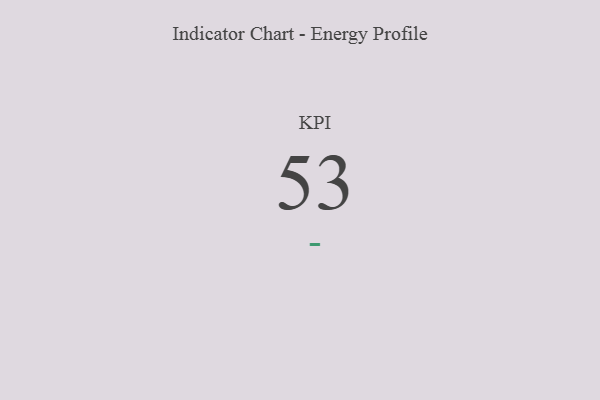
{"axis": {"x": "KPI", "y": "Value"}, "legend": [""], "data": [{"x": "KPI", "y": 53, "type": ""}]}